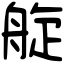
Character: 𦩂